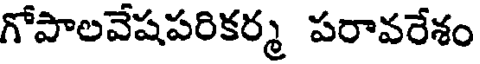
గోపాలవేషపరికర్మ పరావరేశం